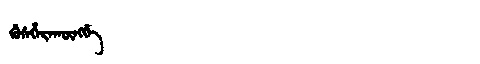
Manchu: ᡤᡠᠰᡥᡝᡵᠠᡴᡡᠩᡤᡝ
Romanization: GUSHERAKŪNGGE